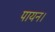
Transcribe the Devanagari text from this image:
पायन।